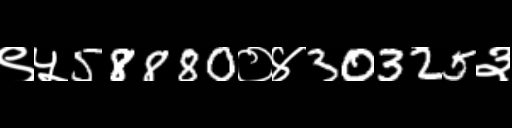
Text: ९५58880०४30325३